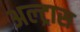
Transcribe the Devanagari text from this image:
अल्ट्रास